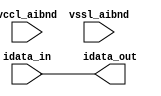
// SPDX-License-Identifier: Apache-2.0
// Copyright (C) 2019 Intel Corporation. 
module aibnd_txdat_mimic (
	input wire vccl_aibnd,
	input wire vssl_aibnd,
	input wire idata_in,
	output wire idata_out
);

assign idata_out = idata_in;

endmodule